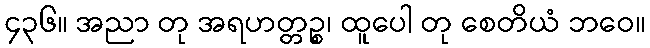
၄၃၆။ အညာ တု အရဟတ္တဉ္စ၊ ထူပေါ တု စေတိယံ ဘဝေ။